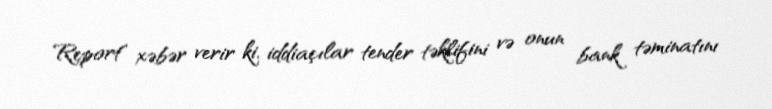
Report" xəbər verir ki, iddiaçılar tender təklifini və onun bank təminatını